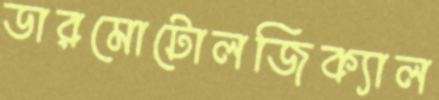
ডারমোটোলজিক্যাল